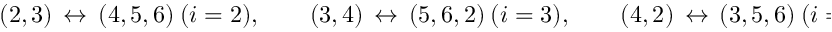
( 2 , 3 ) \, \leftrightarrow \, ( 4 , 5 , 6 ) \ ( i = 2 ) , \qquad ( 3 , 4 ) \, \leftrightarrow \, ( 5 , 6 , 2 ) \ ( i = 3 ) , \qquad ( 4 , 2 ) \, \leftrightarrow \, ( 3 , 5 , 6 ) \ ( i = 4 ) .